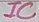
Text: IC